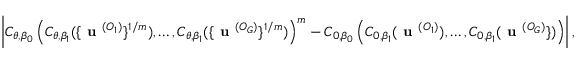
\left| C _ { \theta , \beta _ { 0 } } \left( C _ { \theta , \beta _ { 1 } } ( \{ \textbf { u } ^ { ( O _ { 1 } ) } \} ^ { 1 / m } ) , \dots , C _ { \theta , \beta _ { 1 } } ( \{ \textbf { u } ^ { ( O _ { G } ) } \} ^ { 1 / m } ) \right) ^ { m } - C _ { 0 , \beta _ { 0 } } \left( C _ { 0 , \beta _ { 1 } } ( \textbf { u } ^ { ( O _ { 1 } ) } ) , \dots , C _ { 0 , \beta _ { 1 } } ( \textbf { u } ^ { ( O _ { G } ) } \} ) \right) \right| ,